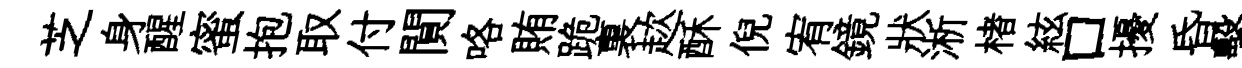
芝身醒蜜抱取付閴咯賄跪裏趑酥倪宥鏡狀淅楮絃口擾昏擊